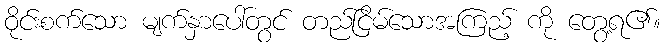
ဝိုင်းစက်သော မျက်နှာပေါ်တွင် တည်ငြိမ်သောအကြည့် ကို တွေ့ရ၏။